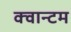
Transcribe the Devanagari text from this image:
क्‍वान्‍टम